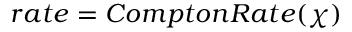
r a t e = C o m p t o n R a t e ( \chi )